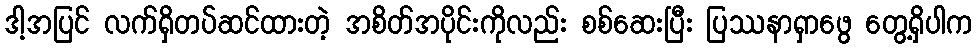
ဒါ့အပြင် လက်ရှိတပ်ဆင်ထားတဲ့ အစိတ်အပိုင်းကိုလည်း စစ်ဆေးပြီး ပြဿနာရှာဖွေ တွေ့ရှိပါက